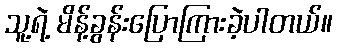
သူ့ရဲ့ မိန့်ခွန်းပြောကြားခဲ့ပါတယ်။